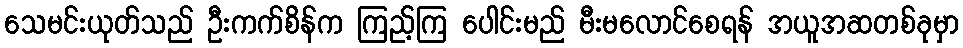
သေမင်းယုတ်သည် ဦးကက်စိန်က ကြည့်ကြ ပေါင်းမည် မီးမလောင်စေရန် အယူအဆတစ်ခုမှာ